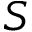
S